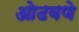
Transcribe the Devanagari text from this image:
ओढवणे